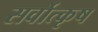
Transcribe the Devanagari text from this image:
सर्वोत्कृष